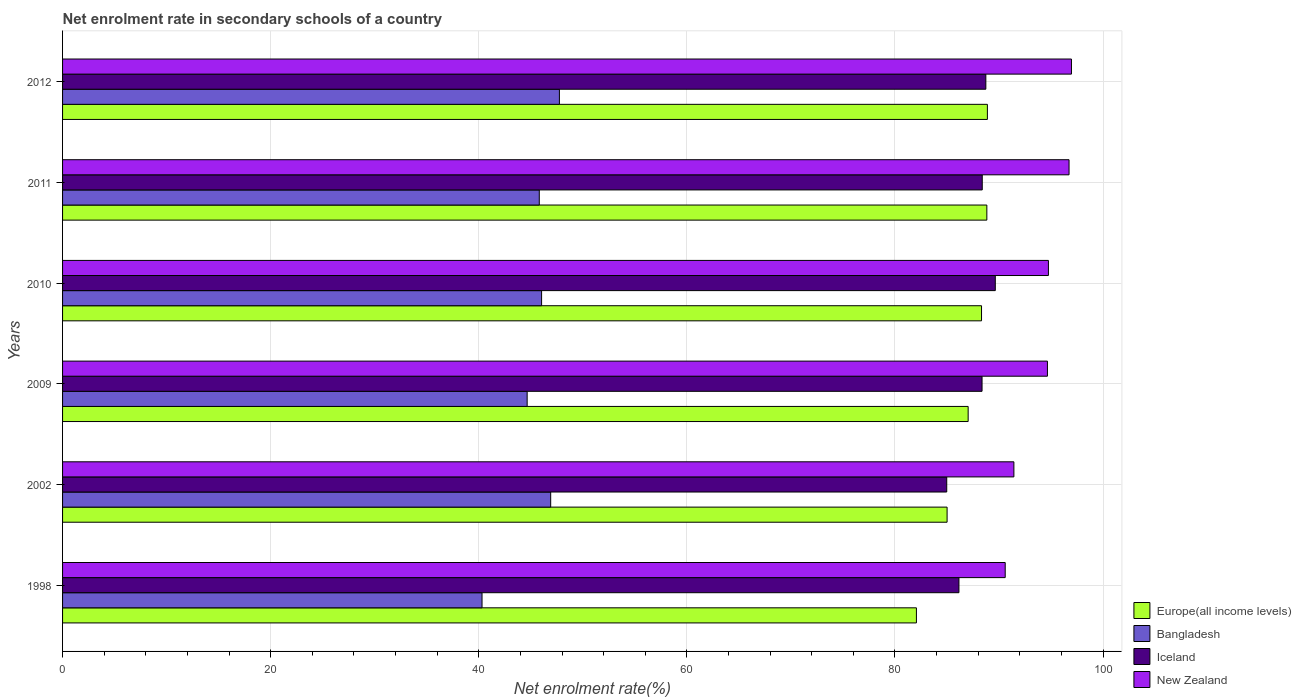
| Years | Europe(all income levels) | Bangladesh | Iceland | New Zealand |
 | --- | --- | --- | --- | --- |
 | 1998 | 82.1 | 40.3 | 86.1 | 90.6 |
 | 2002 | 85 | 46.9 | 85 | 91.4 |
 | 2009 | 87 | 44.6 | 88.4 | 94.7 |
 | 2010 | 88.3 | 46 | 89.6 | 94.7 |
 | 2011 | 88.8 | 45.8 | 88.4 | 96.7 |
 | 2012 | 88.9 | 47.7 | 88.7 | 97 |